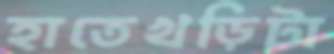
হাতেখড়িটা